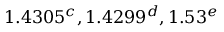
1 . 4 3 0 5 ^ { c } , 1 . 4 2 9 9 ^ { d } , 1 . 5 3 ^ { e }